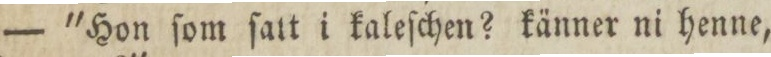
— 'Hon ſom ſatt i kaleſchen? känner ni henne,